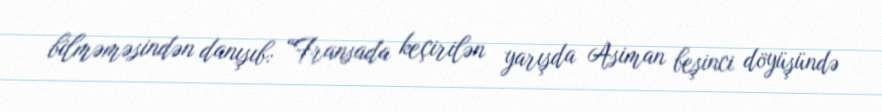
bilməməsindən danışıb: “Fransada keçirilən yarışda Asiman beşinci döyüşündə